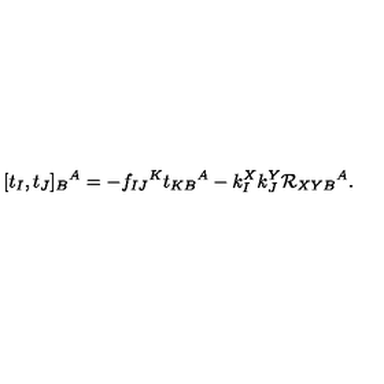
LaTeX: [ t _ { I } , t _ { J } ] _ { B } { } ^ { A } = - f _ { I J } { } ^ { K } t _ { K B } { } ^ { A } - k _ { I } ^ { X } k _ { J } ^ { Y } { \cal R } _ { X Y B } { } ^ { A } .